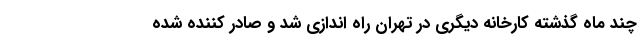
چند ماه گذشته کارخانه دیگری در تهران راه اندازی شد و صادر کننده شده